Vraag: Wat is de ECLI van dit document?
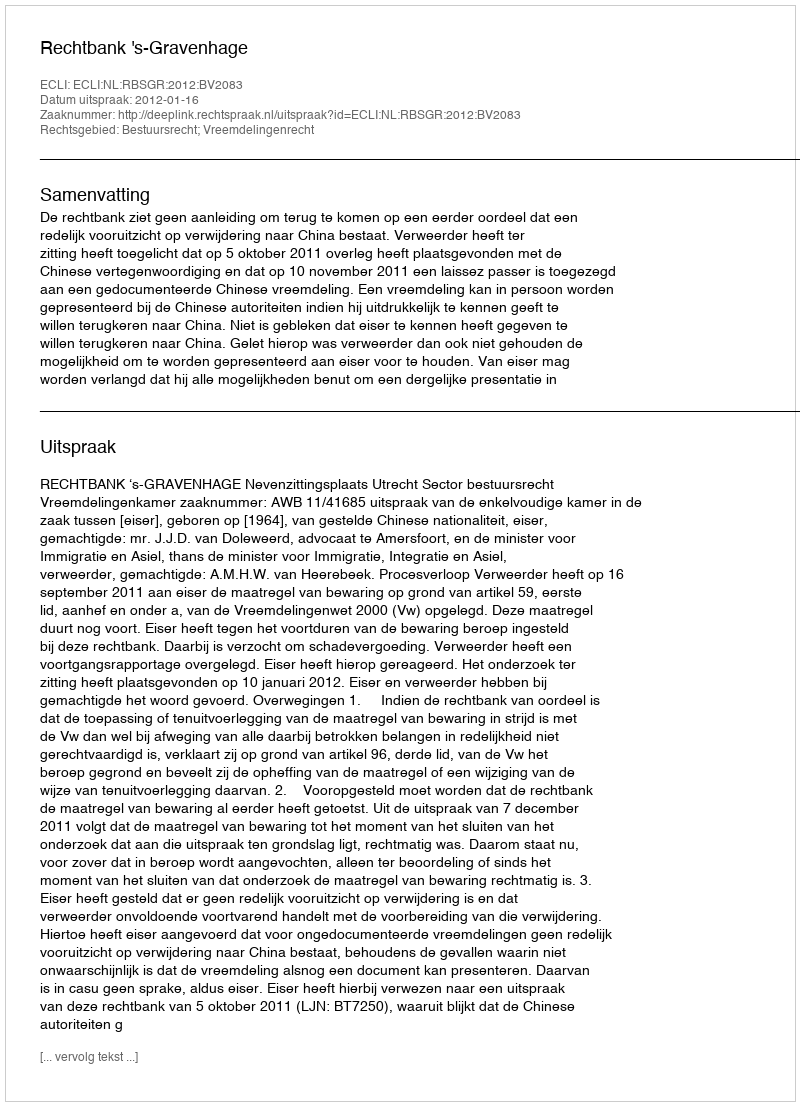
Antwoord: ECLI:NL:RBSGR:2012:BV2083